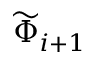
\widetilde { \Phi } _ { i + 1 }